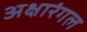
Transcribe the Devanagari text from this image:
अक्षारंगल